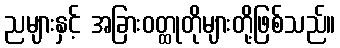
ညများနှင့် အခြားဝတ္ထုတိုများတို့ဖြစ်သည်။